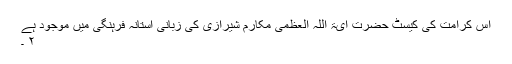
اس کرامت کی کیسٹ حضرت آیۃ اللہ العظمی مکارم شیرازی کی زبانی آستانہ فرہنگی میں موجود ہے
۲ ۔